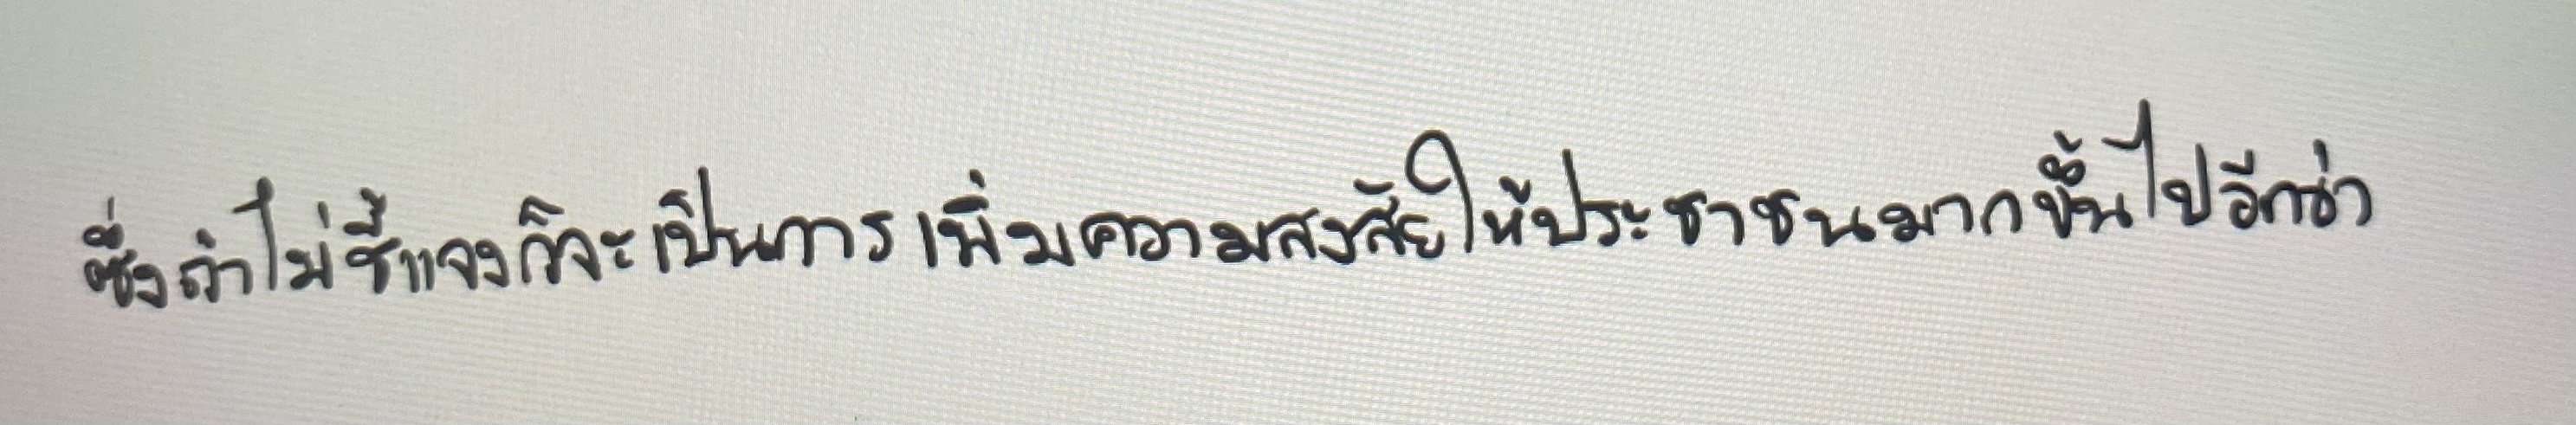
ซึ่งถ้าไม่ชี้แจงก็จะเป็นการเพิ่มความสงสัยให้ประชาชนมากขึ้นไปอีกว่า